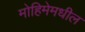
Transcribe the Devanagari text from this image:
मोहिमेमधील